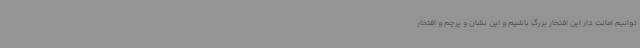
توانیم امانت دار این افتخار بزرگ باشیم و این نشان و پرچم و افتخار